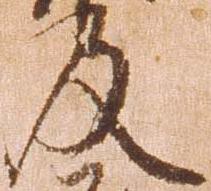
及